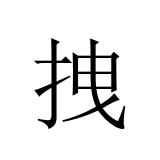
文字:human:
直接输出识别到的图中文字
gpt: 拽